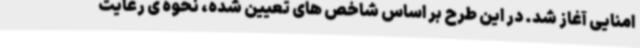
امنایی آغاز شد. در این طرح بر اساس شاخص های تعیین شده، نحوه ی رعایت